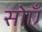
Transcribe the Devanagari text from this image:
सोएँ